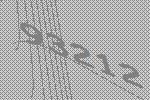
93212